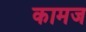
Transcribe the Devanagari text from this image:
कामज